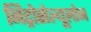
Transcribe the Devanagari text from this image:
निट्रोसेल्यूलोज